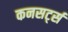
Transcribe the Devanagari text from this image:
कनसर्ट्स